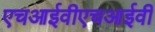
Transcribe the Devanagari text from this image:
एचआईवीएचआईवी